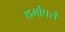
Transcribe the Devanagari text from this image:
थर्मोपलै